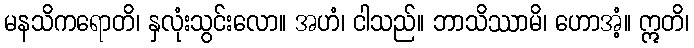
မနသိကရောတိ၊ နှလုံးသွင်းလော။ အဟံ၊ ငါသည်။ ဘာသိဿာမိ၊ ဟောအံ့။ ဣတိ၊